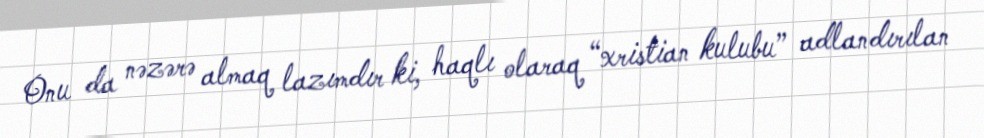
Onu da nəzərə almaq lazımdır ki, haqlı olaraq “xristian kulubu” adlandırılan